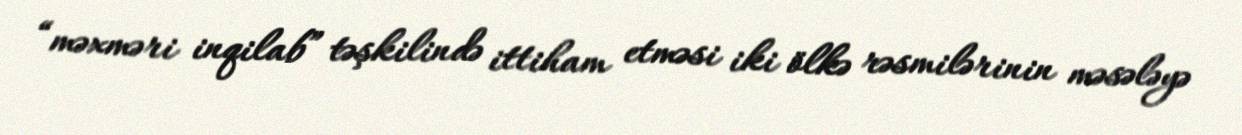
“məxməri inqilab” təşkilində ittiham etməsi iki ölkə rəsmilərinin məsələyə